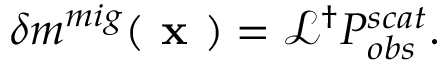
\delta m ^ { m i g } ( \textbf { x } ) = \mathcal { L } ^ { \dagger } P _ { o b s } ^ { s c a t } .